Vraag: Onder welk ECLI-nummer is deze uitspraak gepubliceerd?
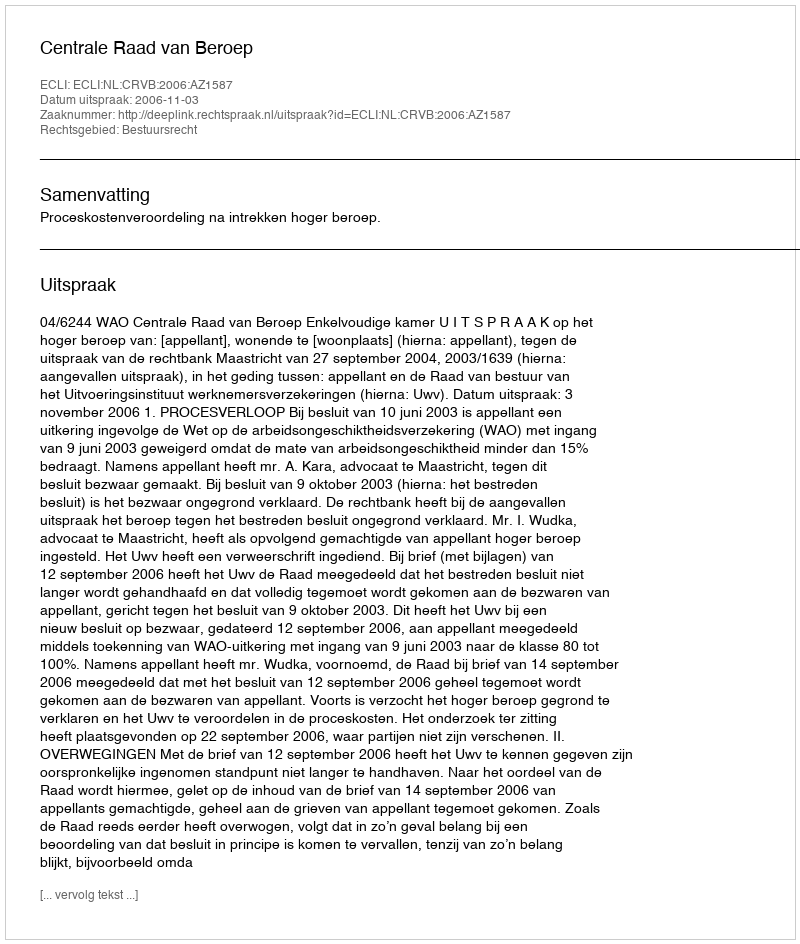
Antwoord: ECLI:NL:CRVB:2006:AZ1587